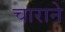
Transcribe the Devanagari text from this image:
चाराने